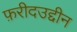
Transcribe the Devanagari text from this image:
फ़रीदउद्दीन